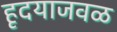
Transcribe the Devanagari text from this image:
हृदयाजवळ